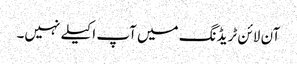
آن لائن ٹریڈنگ میں آپ اکیلے نہیں۔